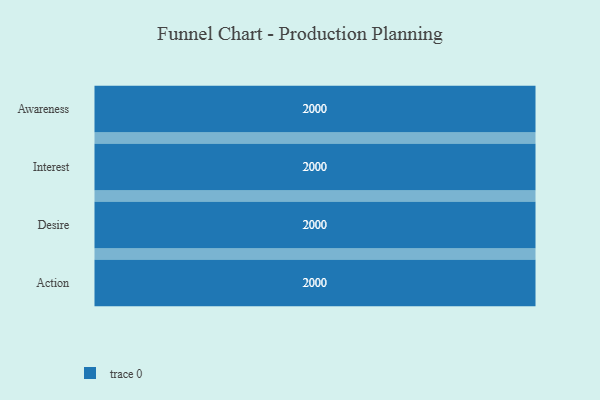
{"axis": {"x": "Stage", "y": "Value"}, "legend": [""], "data": [{"x": "Awareness", "y": 2000, "type": ""}, {"x": "Interest", "y": 2000, "type": ""}, {"x": "Desire", "y": 2000, "type": ""}, {"x": "Action", "y": 2000, "type": ""}]}